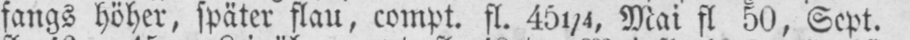
fangs höher, später flau, compt. fl. 451/4, Mai fl 50, Sept.